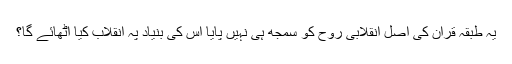
یہ طبقہ قرآن کی اصل انقلابی روح کو سمجھ ہی نہیں پایا اس کی بنیاد پہ انقلاب کیا اٹھائے گا؟